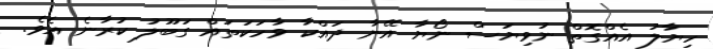
ހިޔާލު އެއްގޮތް ނުވިޔަސް ނޯޔާ އޭނާ ދައްކާ ވާހަކަތައް ގަބޫލު ކުރާނެ އެވެ.